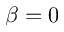
\beta = 0